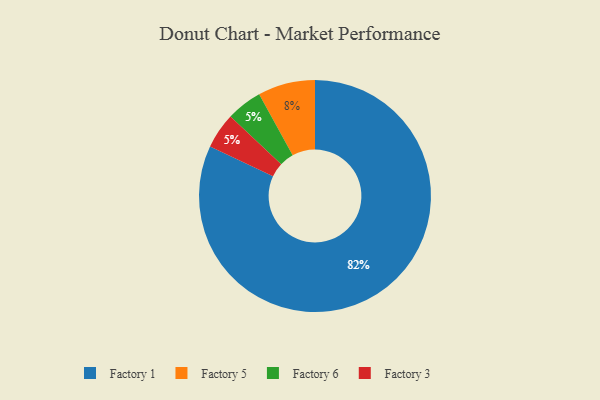
{"axis": {"x": "Category", "y": "Percentage"}, "legend": ["Factory 1", "Factory 3", "Factory 5", "Factory 6"], "data": [{"x": "Factory 6", "y": 5, "type": "Factory 6"}, {"x": "Factory 3", "y": 5, "type": "Factory 3"}, {"x": "Factory 1", "y": 82, "type": "Factory 1"}, {"x": "Factory 5", "y": 8, "type": "Factory 5"}]}